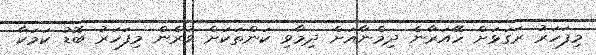
މިފަހަރު ރަގަޅަށް ހޭއަރާނެ ދިމްނާއަށް ދިމާވި ކަންތަކަށް ވުރެން މިފަހަރު ބޮޑު ކަމަކާ